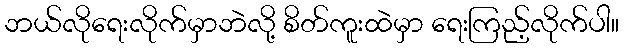
ဘယ်လိုရေးလိုက်မှာဘဲလို့ စိတ်ကူးထဲမှာ ရေးကြည့်လိုက်ပါ။